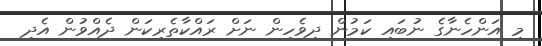
މި އަންހެނާގެ ނުބައި ކަމުން ދިވެހިން ނަށް ރައްކާތެރިކަން ދެއްވުން އެދި